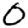
Digit: 0